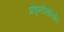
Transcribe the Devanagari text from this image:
प्रेड्नीसोलोन